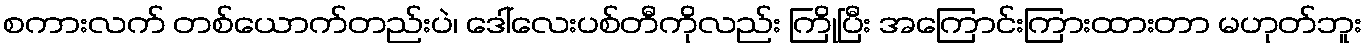
စကားလက် တစ်ယောက်တည်းပဲ၊ ဒေါ်လေးပစ်တီကိုလည်း ကြိုပြီး အကြောင်းကြားထားတာ မဟုတ်ဘူး